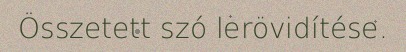
Összetett szó lerövidítése.